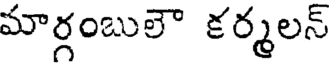
మార్గంబులౌ కర్మలన్